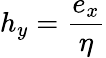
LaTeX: h_{y}={\frac{e_{x}}{\eta}}